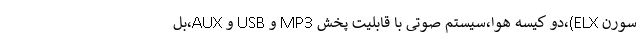
سورن ELX)،دو کیسه هوا،سیستم صوتی با قابلیت پخش MP3 و USB و AUX،بل